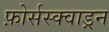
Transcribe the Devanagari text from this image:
फ़ोर्सस्क्वाड्रन